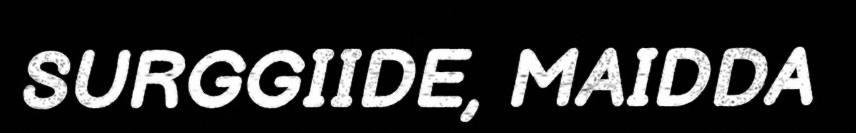
SURGGIIDE, MAIDDA